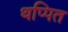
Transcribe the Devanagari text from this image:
थप्पित